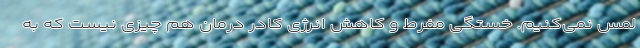
لمس نمی‌کنیم. خستگی مفرط و کاهش انرژی کادر درمان هم چیزی نیست که به